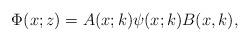
LaTeX: \begin{align*}\Phi(x;z)=A(x;k)\psi(x;k)B(x,k),\end{align*}